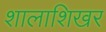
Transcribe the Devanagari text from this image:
शालाशिखर